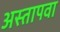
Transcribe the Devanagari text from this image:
अस्तापवा